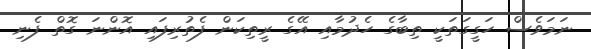
ނަމަވެސް ހަގީގަތަކީ ތިބާގެ ހެދުމާއި އޭގެ ރީތިކަން ފެތުރިފައި އޮންނަ ގޮތް ފެނި